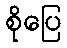
စိုပြေ